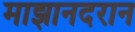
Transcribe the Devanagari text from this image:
माझानदरान